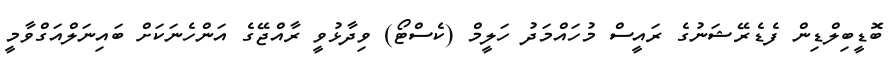
ބޮޑީބިލްޑިން ފެޑެރޭޝަނުގެ ރައީސް މުހައްމަދު ހަލީމް (ކެސްޓޯ) ވިދާޅުވީ ރާއްޖޭގެ އަންހެނަކަށް ބައިނަލްއަގްވާމީ